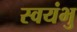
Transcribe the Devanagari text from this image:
स्‍वयंभु